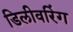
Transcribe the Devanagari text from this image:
डिलीवरिंग